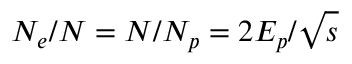
N _ { e } / N = N / N _ { p } = 2 E _ { p } / \sqrt { s }